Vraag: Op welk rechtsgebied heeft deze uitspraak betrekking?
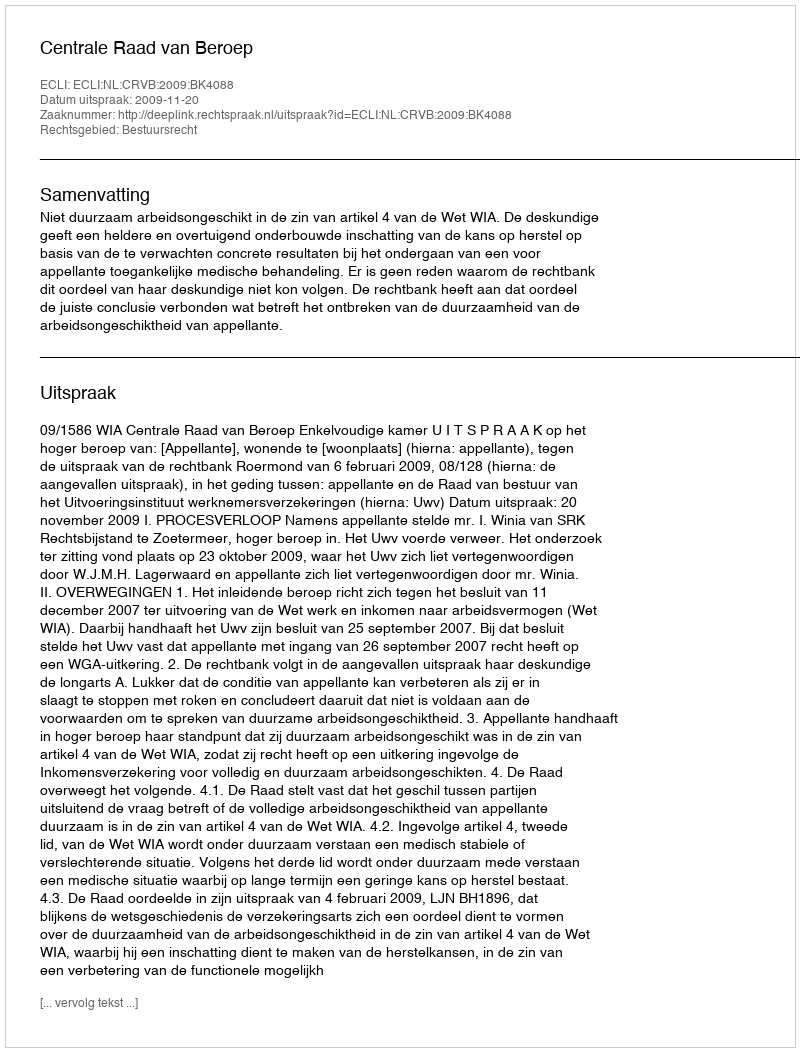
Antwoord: Bestuursrecht